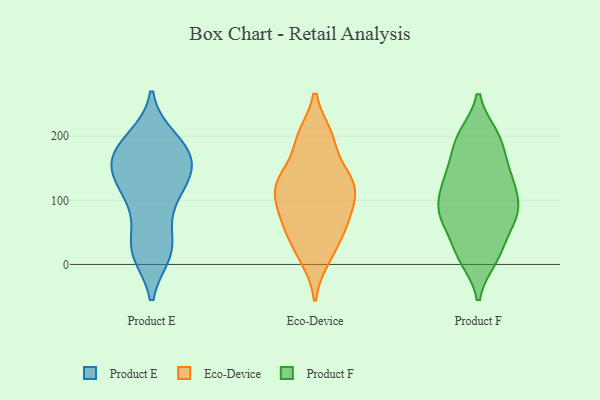
{"axis": {"x": "Operating Costs (USD K)", "y": "Value"}, "legend": ["Eco-Device", "Product E", "Product F"], "data": [{"x": "", "y": 123, "type": "Product E"}, {"x": "", "y": 84, "type": "Product E"}, {"x": "", "y": 34, "type": "Product E"}, {"x": "", "y": 20, "type": "Product E"}, {"x": "", "y": 181, "type": "Product E"}, {"x": "", "y": 19, "type": "Product E"}, {"x": "", "y": 158, "type": "Product E"}, {"x": "", "y": 187, "type": "Product E"}, {"x": "", "y": 18, "type": "Product E"}, {"x": "", "y": 114, "type": "Product E"}, {"x": "", "y": 140, "type": "Product E"}, {"x": "", "y": 27, "type": "Product E"}, {"x": "", "y": 172, "type": "Product E"}, {"x": "", "y": 165, "type": "Product E"}, {"x": "", "y": 143, "type": "Product E"}, {"x": "", "y": 156, "type": "Product E"}, {"x": "", "y": 196, "type": "Product E"}, {"x": "", "y": 190, "type": "Product E"}, {"x": "", "y": 132, "type": "Product E"}, {"x": "", "y": 96, "type": "Product E"}, {"x": "", "y": 123, "type": "Eco-Device"}, {"x": "", "y": 200, "type": "Eco-Device"}, {"x": "", "y": 10, "type": "Eco-Device"}, {"x": "", "y": 139, "type": "Eco-Device"}, {"x": "", "y": 68, "type": "Eco-Device"}, {"x": "", "y": 124, "type": "Eco-Device"}, {"x": "", "y": 37, "type": "Eco-Device"}, {"x": "", "y": 195, "type": "Eco-Device"}, {"x": "", "y": 123, "type": "Eco-Device"}, {"x": "", "y": 91, "type": "Eco-Device"}, {"x": "", "y": 67, "type": "Eco-Device"}, {"x": "", "y": 200, "type": "Product F"}, {"x": "", "y": 25, "type": "Product F"}, {"x": "", "y": 79, "type": "Product F"}, {"x": "", "y": 190, "type": "Product F"}, {"x": "", "y": 79, "type": "Product F"}, {"x": "", "y": 137, "type": "Product F"}, {"x": "", "y": 112, "type": "Product F"}, {"x": "", "y": 142, "type": "Product F"}, {"x": "", "y": 10, "type": "Product F"}, {"x": "", "y": 76, "type": "Product F"}]}